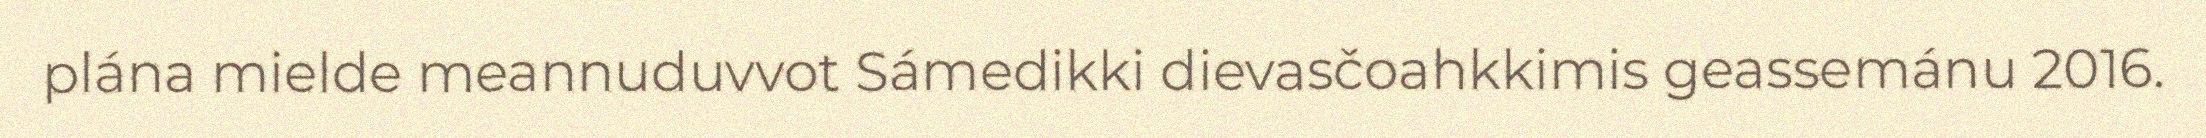
plána mielde meannuduvvot Sámedikki dievasčoahkkimis geassemánu 2016.